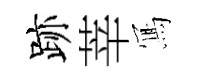
跡莘𭂁